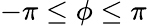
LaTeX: -\pi\leq\phi\leq\pi